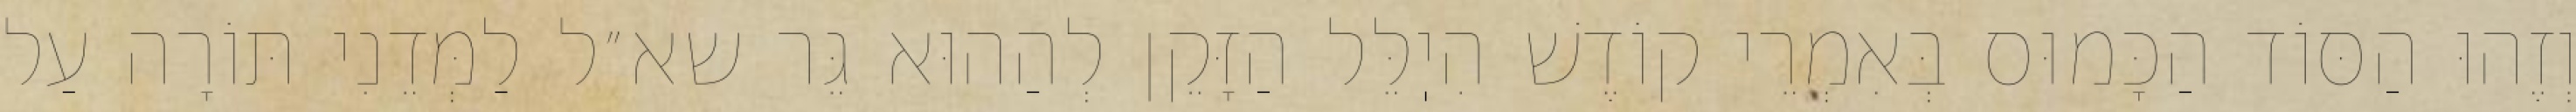
וְזֶהוּ הַסּוֹד הַכָּמוּס בְּאִמְרֵי קוֹדֶשׁ הִיֽלֵּל הַזָּקֵן לְהַהוּא גֵּר שא״ל לַמְּדֵנִי תּוֹרָה עַל